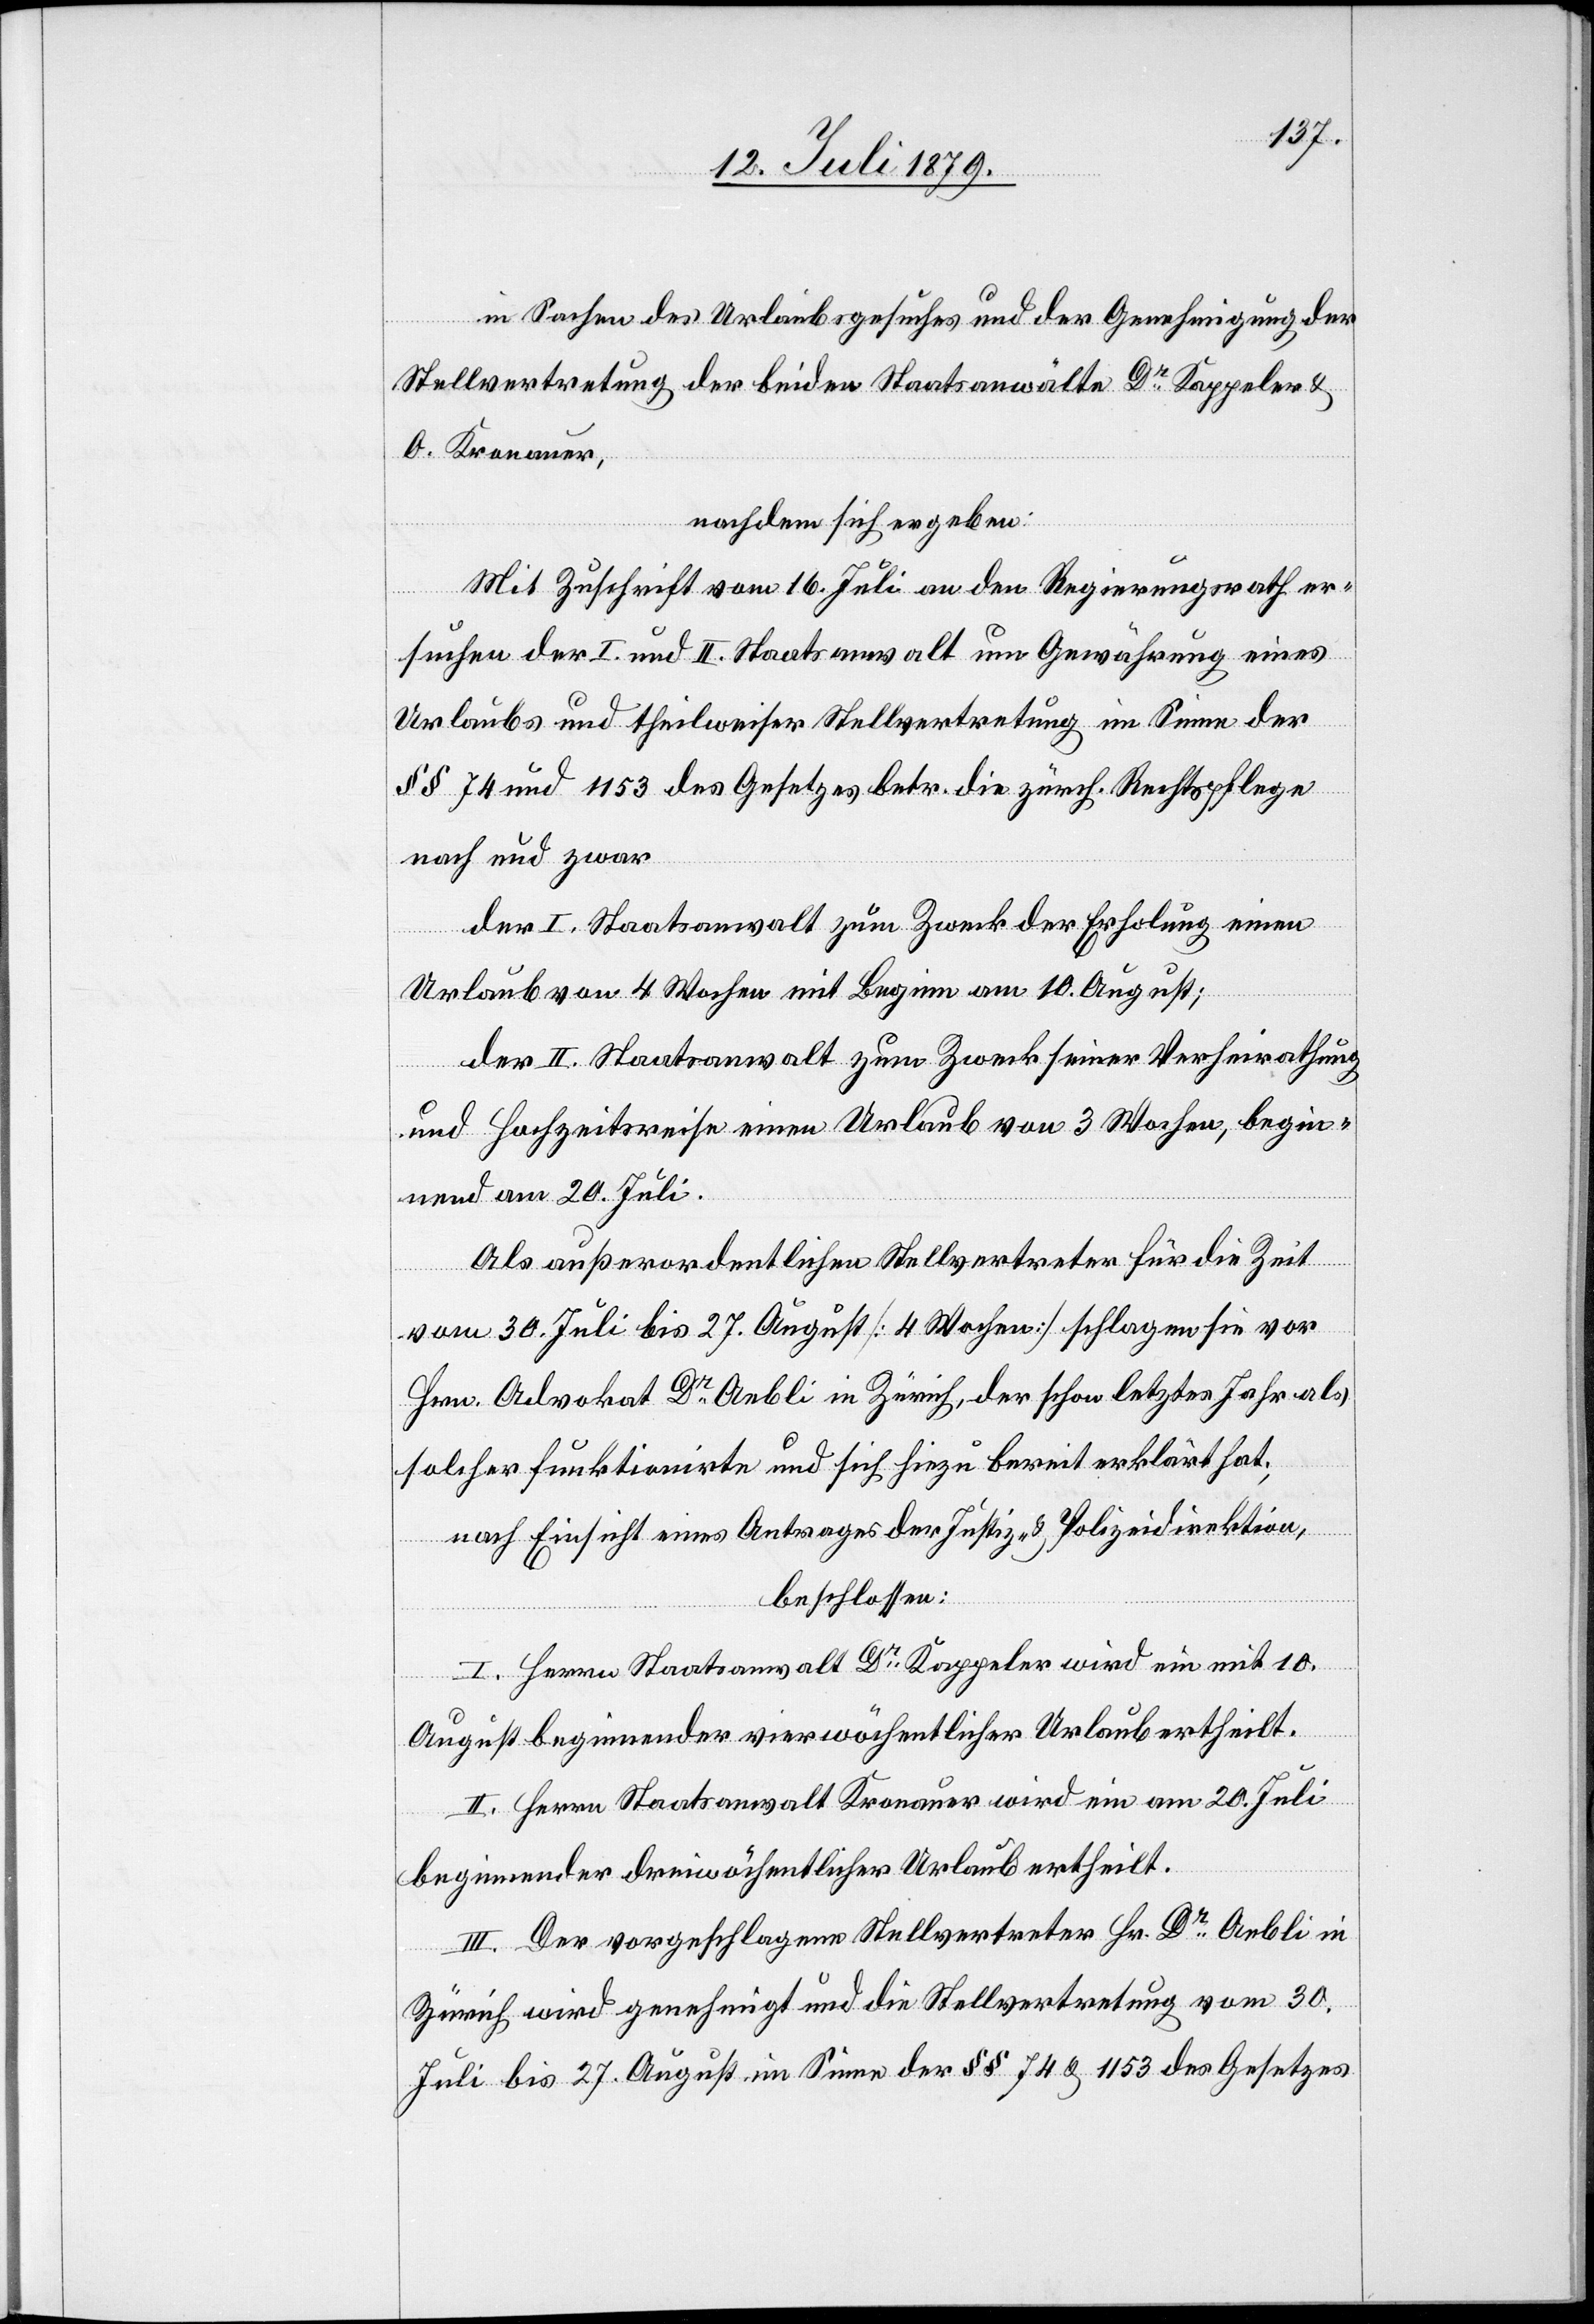
in Sachen des Urlaubsgesuches und der Genehmigung der
Stellvertretung der beiden Staatsanwälte Dr Kappeler u.
O. Kronauer,
nachdem sich ergeben:
Mit Zuschrift vom 16. Juli an den Regierungsrath er¬
suchen der I. und II. Staatsanwalt um Gewährung eines
Urlaubs und theilweiser Stellvertretung im Sinne der
§§ 74 und 1153 des Gesetzes betr. die zürch. Rechtspflege
nach und zwar
der I. Staatsanwaltschaft zum Zweck der Erholung einen
Urlaub von 4 Wochen mit Beginn am 10. August;
der II. Staatsanwaltschaft zum Zweck seiner Verheirathung
und Hochzeitsreise einen Urlaub von 3 Wochen, begin¬
nend am 20. Juli.
Als außerordentlichen Stellvertreter für die Zeit
vom 30. Juli bis 27. August [4 Wochen] schlagen sie vor
Hrn. Advokat Dr Aebli in Zürich, der schon letztes Jahr als
solcher funktionirte und sich hiezu bereit erklärt hat;
nach Einsicht eines Antrages der Justiz- & Polizeidirektion,
beschlossen:
I. Herrn Staatsanwalt Dr Kappeler wird ein mit 10.
August beginnender vierwöchentlicher Urlaub ertheilt.
II. Herrn Staatsanwalt Kronauer wird ein am 20. Juli
beginnender dreiwöchentlicher Urlaub ertheilt.
III. Der vorgeschlagene Stellvertreter Hr. Dr Aebli in
Zürich wird genehmigt und die Stellvertretung vom 30.
Juli bis 27. August im Sinne der §§ 74 & 1153 des Gesetzes